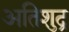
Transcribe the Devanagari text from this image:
अतिशुद्र